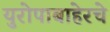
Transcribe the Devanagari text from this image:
युरोपाबाहेरचे